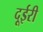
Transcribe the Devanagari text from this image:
दूईरी